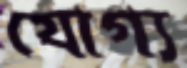
যোগ্য